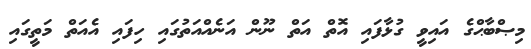
މިޞްބާޙްގެ އައިވީ ގުޅާފައި އޮތް އަތް ނޫން އަނެއްއަތުގައި ހިފައި އެއަތް މަތީގައި